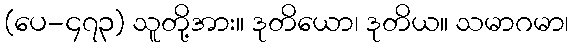
(ပေ-၄၇၃) သူတို့အား။ ဒုတိယော၊ ဒုတိယ။ သမာဂမာ၊